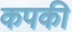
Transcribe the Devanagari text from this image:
कपकी